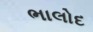
ભાલોદ